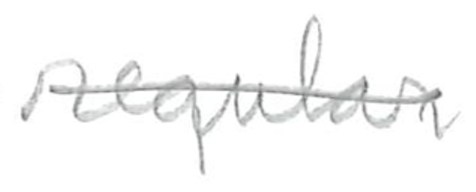
Text: regular
Cross-out: single-line
Writing tool: pencil